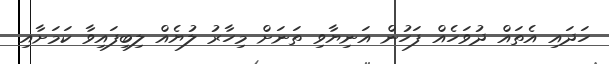
ހަދައި އެތައް ދުވަހެއް ފަހުން އަނިޔާވި ތަނަށް މިހާރު ލުޔެއް ލިބިފައިވާ ކަމަަށާއި